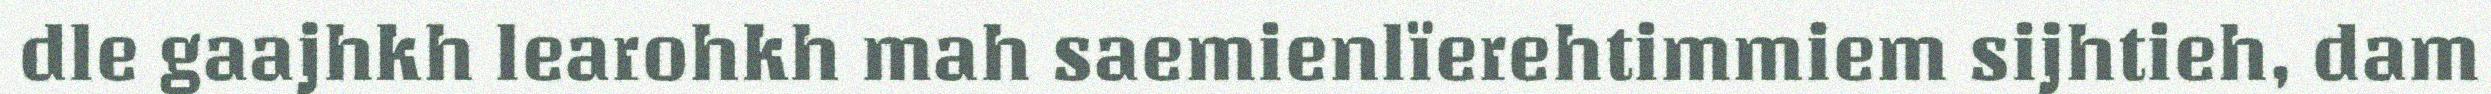
dle gaajhkh learohkh mah saemienlïerehtimmiem sijhtieh, dam